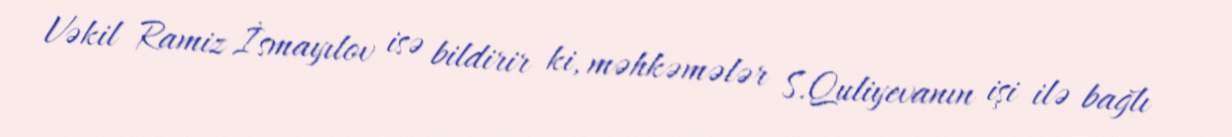
Vəkil Ramiz İsmayılov isə bildirir ki, məhkəmələr S.Quliyevanın işi ilə bağlı